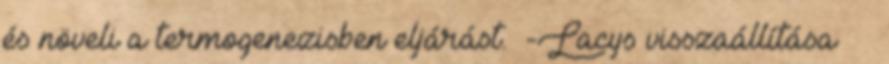
és növeli a termogenezisben eljárást. α-Lacys visszaállítása ® ®